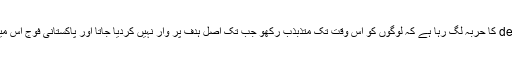
مجھے تو یہ کلاسیک deception کا حربہ لگ رہا ہے کہ لوگوں کو اس وقت تک متذبذب رکھو جب تک اصل ہدف پر وار نہیں کردیا جاتا اور پاکستانی فوج اس میں بظاہر پوری طرح شریک ہے۔